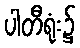
ပါတီရုံး၌